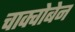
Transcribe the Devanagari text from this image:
चाक्चोबेन